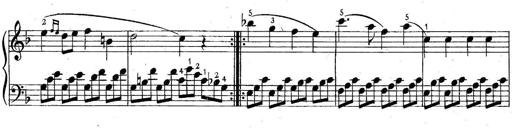
Title: 6 Easy Sonatinas
Composer: Carl Czerny